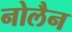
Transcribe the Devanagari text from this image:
नोलैन